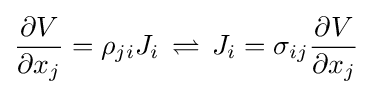
{\frac {\partial V}{\partial x_{j}}}=\rho _{ji}J_{i}\,\rightleftharpoons \,J_{i}=\sigma _{ij}{\frac {\partial V}{\partial x_{j}}}